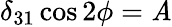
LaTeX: \delta_{31}\cos2\phi=\mathit{A}